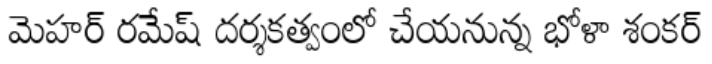
మెహర్ రమేష్ దర్శకత్వంలో చేయనున్న భోళా శంకర్